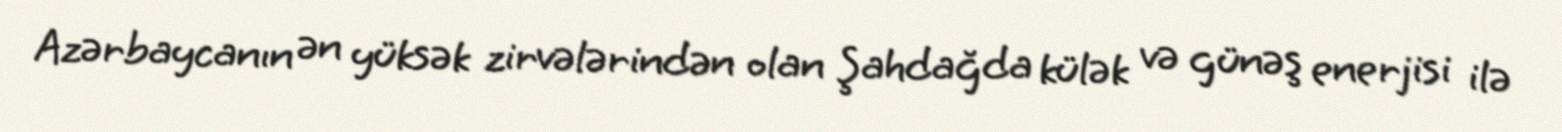
Azərbaycanın ən yüksək zirvələrindən olan Şahdağda külək və günəş enerjisi ilə